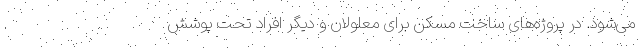
می‌شود. در پروژه‌های ساخت مسکن برای معلولان و دیگر افراد تحت پوشش